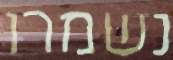
נשמרו